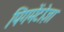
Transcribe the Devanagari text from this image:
पिंगमेंटोज़ा